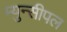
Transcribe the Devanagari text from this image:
म्युन्सीपल